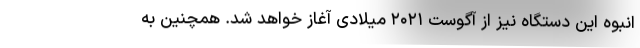
انبوه این دستگاه نیز از آگوست ۲۰۲۱ میلادی آغاز خواهد شد. همچنین به